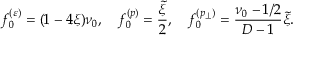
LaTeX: f _ { 0 } ^ { ( \varepsilon ) } = ( 1 - 4 \xi ) \nu _ { 0 } , \quad f _ { 0 } ^ { ( p ) } = \frac { \tilde { \xi } } { 2 } , \quad f _ { 0 } ^ { ( p _ { \perp } ) } = \frac { \nu _ { 0 } - 1 / 2 } { D - 1 } \tilde { \xi } .